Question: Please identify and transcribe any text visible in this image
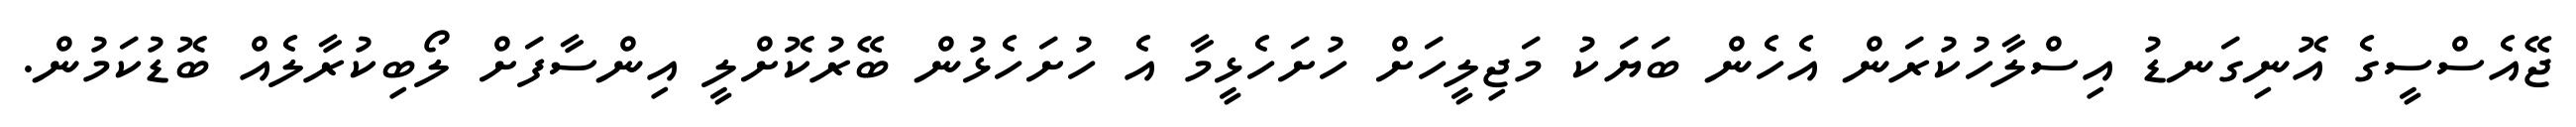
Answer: ޖޭއެސްސީގެ އޮނިގަނޑު އިސްލާހުކުރަން އެހެން ބަޔަކު މަޖިލީހަށް ހުށަހެޅީމާ އެ ހުށަހެޅުން ބޭރުކޮށްލީ އިންސާފަށް ލޯބިކުރާލެއް ބޮޑުކަމުން.